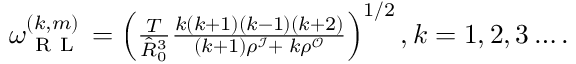
\begin{array} { r } { \omega _ { \mathrm { ~ R ~ L ~ } } ^ { ( k , m ) } = \left( \frac { T } { \hat { R } _ { 0 } ^ { 3 } } \frac { k \left( k + 1 \right) \left( k - 1 \right) \left( k + 2 \right) } { \left( k + 1 \right) \rho ^ { \mathcal { I } } + \; k \rho ^ { \mathcal { O } } } \right) ^ { 1 / 2 } , k = 1 , 2 , 3 \ldots . } \end{array}